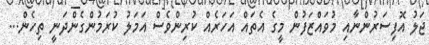
ޖަލު އޮފިސަރުންނާއި މުވައްޒަފުން މީގެ އެތައް އަހަރެއް ކުރިންވެސް އަމަލު ކުރަމުންގެންދަނީ ތިހެން...